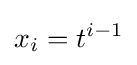
x_{i}=t^{i-1}